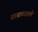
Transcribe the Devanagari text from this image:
साम्राज्यातले